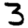
Digit: 3